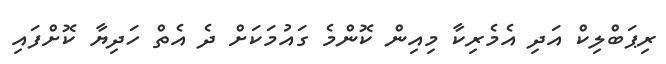
ރިޕަބްލިކް އަދި އެމެރިކާ މިއިން ކޮންމެ ގައުމަކަށް ދެ އެތް ހަދިޔާ ކޮށްފައި